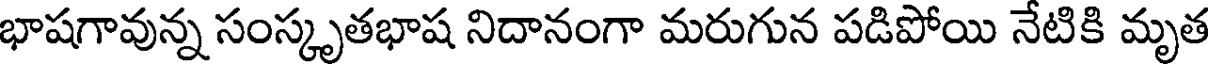
భాషగావున్న సంస్కృతభాష నిదానంగా మరుగున పడిపోయి నేటికి మృత